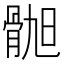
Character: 𫘲